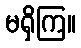
မရှိကြ။